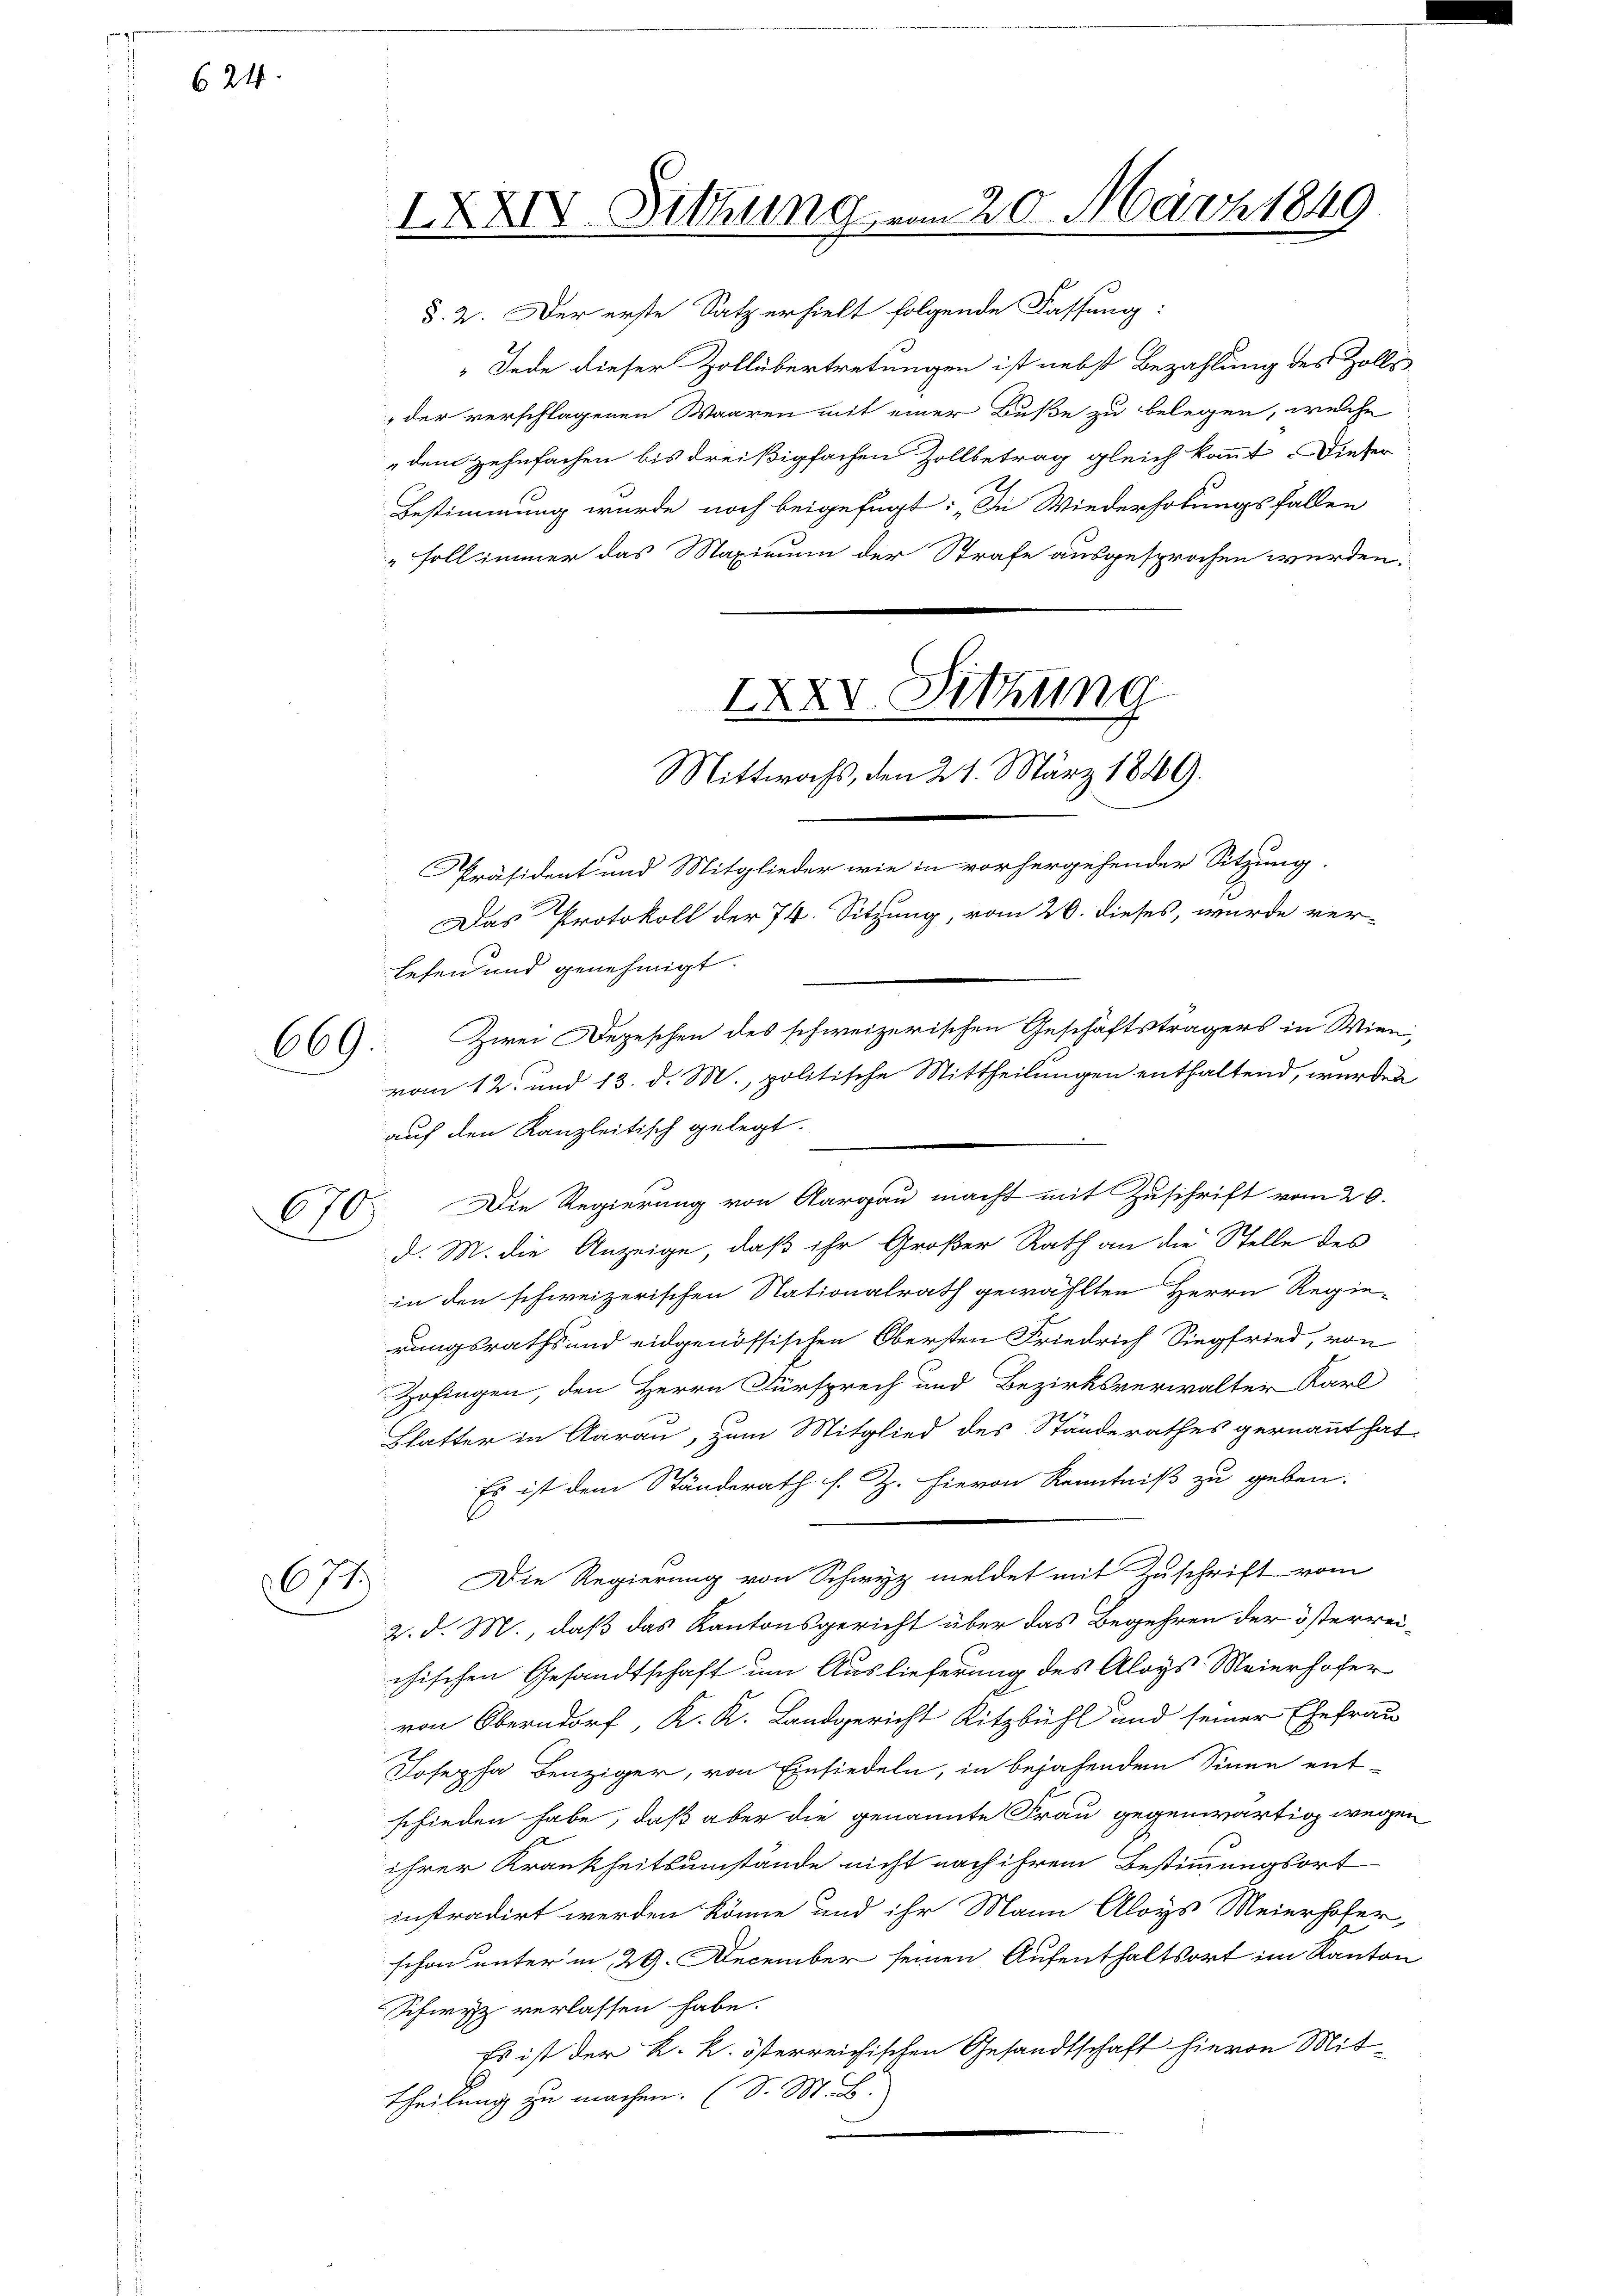
624

669

670
1

677.

§. 2. Der erste Satz erhielt folgende Fassung:
 Jede dieser Zollübertretungen ist nebst Bezahlung des Zollsder verschlagenen Waaren mit einer Buße zu belegen, welche
dem Zehnfachen bis dreißigfachen Zollbetrag gleich kannt Dieser
Bestimmung wurde noch beigefügt: „In Wiederholungsfallen
"Foll immer das Maximum der Strafe ausgesprochen werden:

Präsident und Mitglieder wie in vorhergehender Sitzung.
Das Protokoll der 74. Sitzung, vom 20. dieses, wurde ver-
lesen und genehmigt.
auf den Kanzleitisch gelegt.
Die Regierung von Aargau macht mit Zuschrift vom 20.
d. M. die Anzeige, daß ihr Großer Rath an die Stelle des
in den schweizerischen Nationalrath gewählten Herrn Regie-
rungsraths und eidgenössischen Obersten Friedrich Siegfried, von
Zofingen, den Herrn Fürsprech und Bezirksverwalter Karl
Chatter in Aarau, zum Mitglied des Ständerathes gernannt hat.
Es ist dem Ständerath s. Z. hievon Kenntniß zu geben.
Die Regierung von Schwyz meldet mit Zuschrift vom
2. d. M., daß das Kantonsgericht über das Begehren der österrei-
chischen Gesandtschaft um Auslieferung des Aloys Meierhofer
von Oberndorf, K. K. Landgericht Ritzbühl und seiner Ehefrau
Josepha Benziger, von Einsiedeln, in bejahenden Sinne ent-
schieden habe, daß aber die genannte Frau gegenwärtig wegen
ihrer Krankheitsumstände nicht nach ihrem Bestimmungsort
instradirt werden könne und ihr Mann Aloys Meierhofer,
schon unter in 29. December seinen Aufenthaltsort im Kanton
Schwyz verlassen habe.
Es ist der k. k. österreichischen Gesandtschaft hievon Mit-
theilung zu machen. (S. M. B.

IXXIV. Setzung vom 20. März 1849

XXXV. Sitzung
Mittwochs, den 21. März 1849.

Zwei Depeschen des schweizerischen Geschäftsträgers in Wien

vom 12. und 13. d. M., politische Mittheilungen enthaltend, wurden